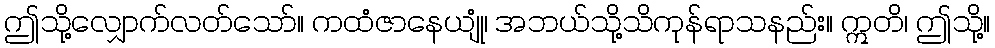
ဤသို့လျှောက်လတ်သော်။ ကထံဇာနေယျုံ၊ အဘယ်သို့သိကုန်ရာသနည်း။ ဣတိ၊ ဤသို့။